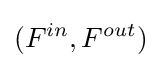
(F^{in},F^{out})